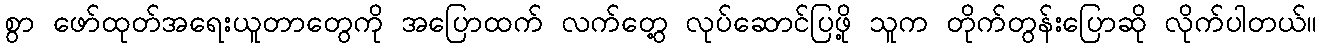
စွာ ဖော်ထုတ်အရေးယူတာတွေကို အပြောထက် လက်တွေ့ လုပ်ဆောင်ပြဖို့ သူက တိုက်တွန်းပြောဆို လိုက်ပါတယ်။